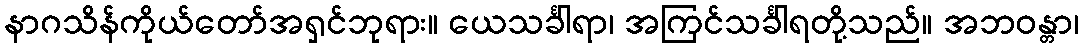
နာဂသိန်ကိုယ်တော်အရှင်ဘုရား။ ယေသင်္ခါရာ၊ အကြင်သင်္ခါရတို့သည်။ အဘဝန္တာ၊